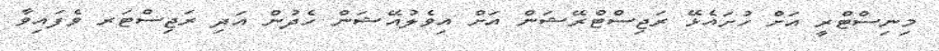
މިނިސްޓްރީ އަށް ހުށައެޅޭ ރަޖިސްޓްރޭޝަން އަށް އިވެލުއޭޝަން ހެދުން އަދި ރަޖިސްޓަރ ވެފައިވާ